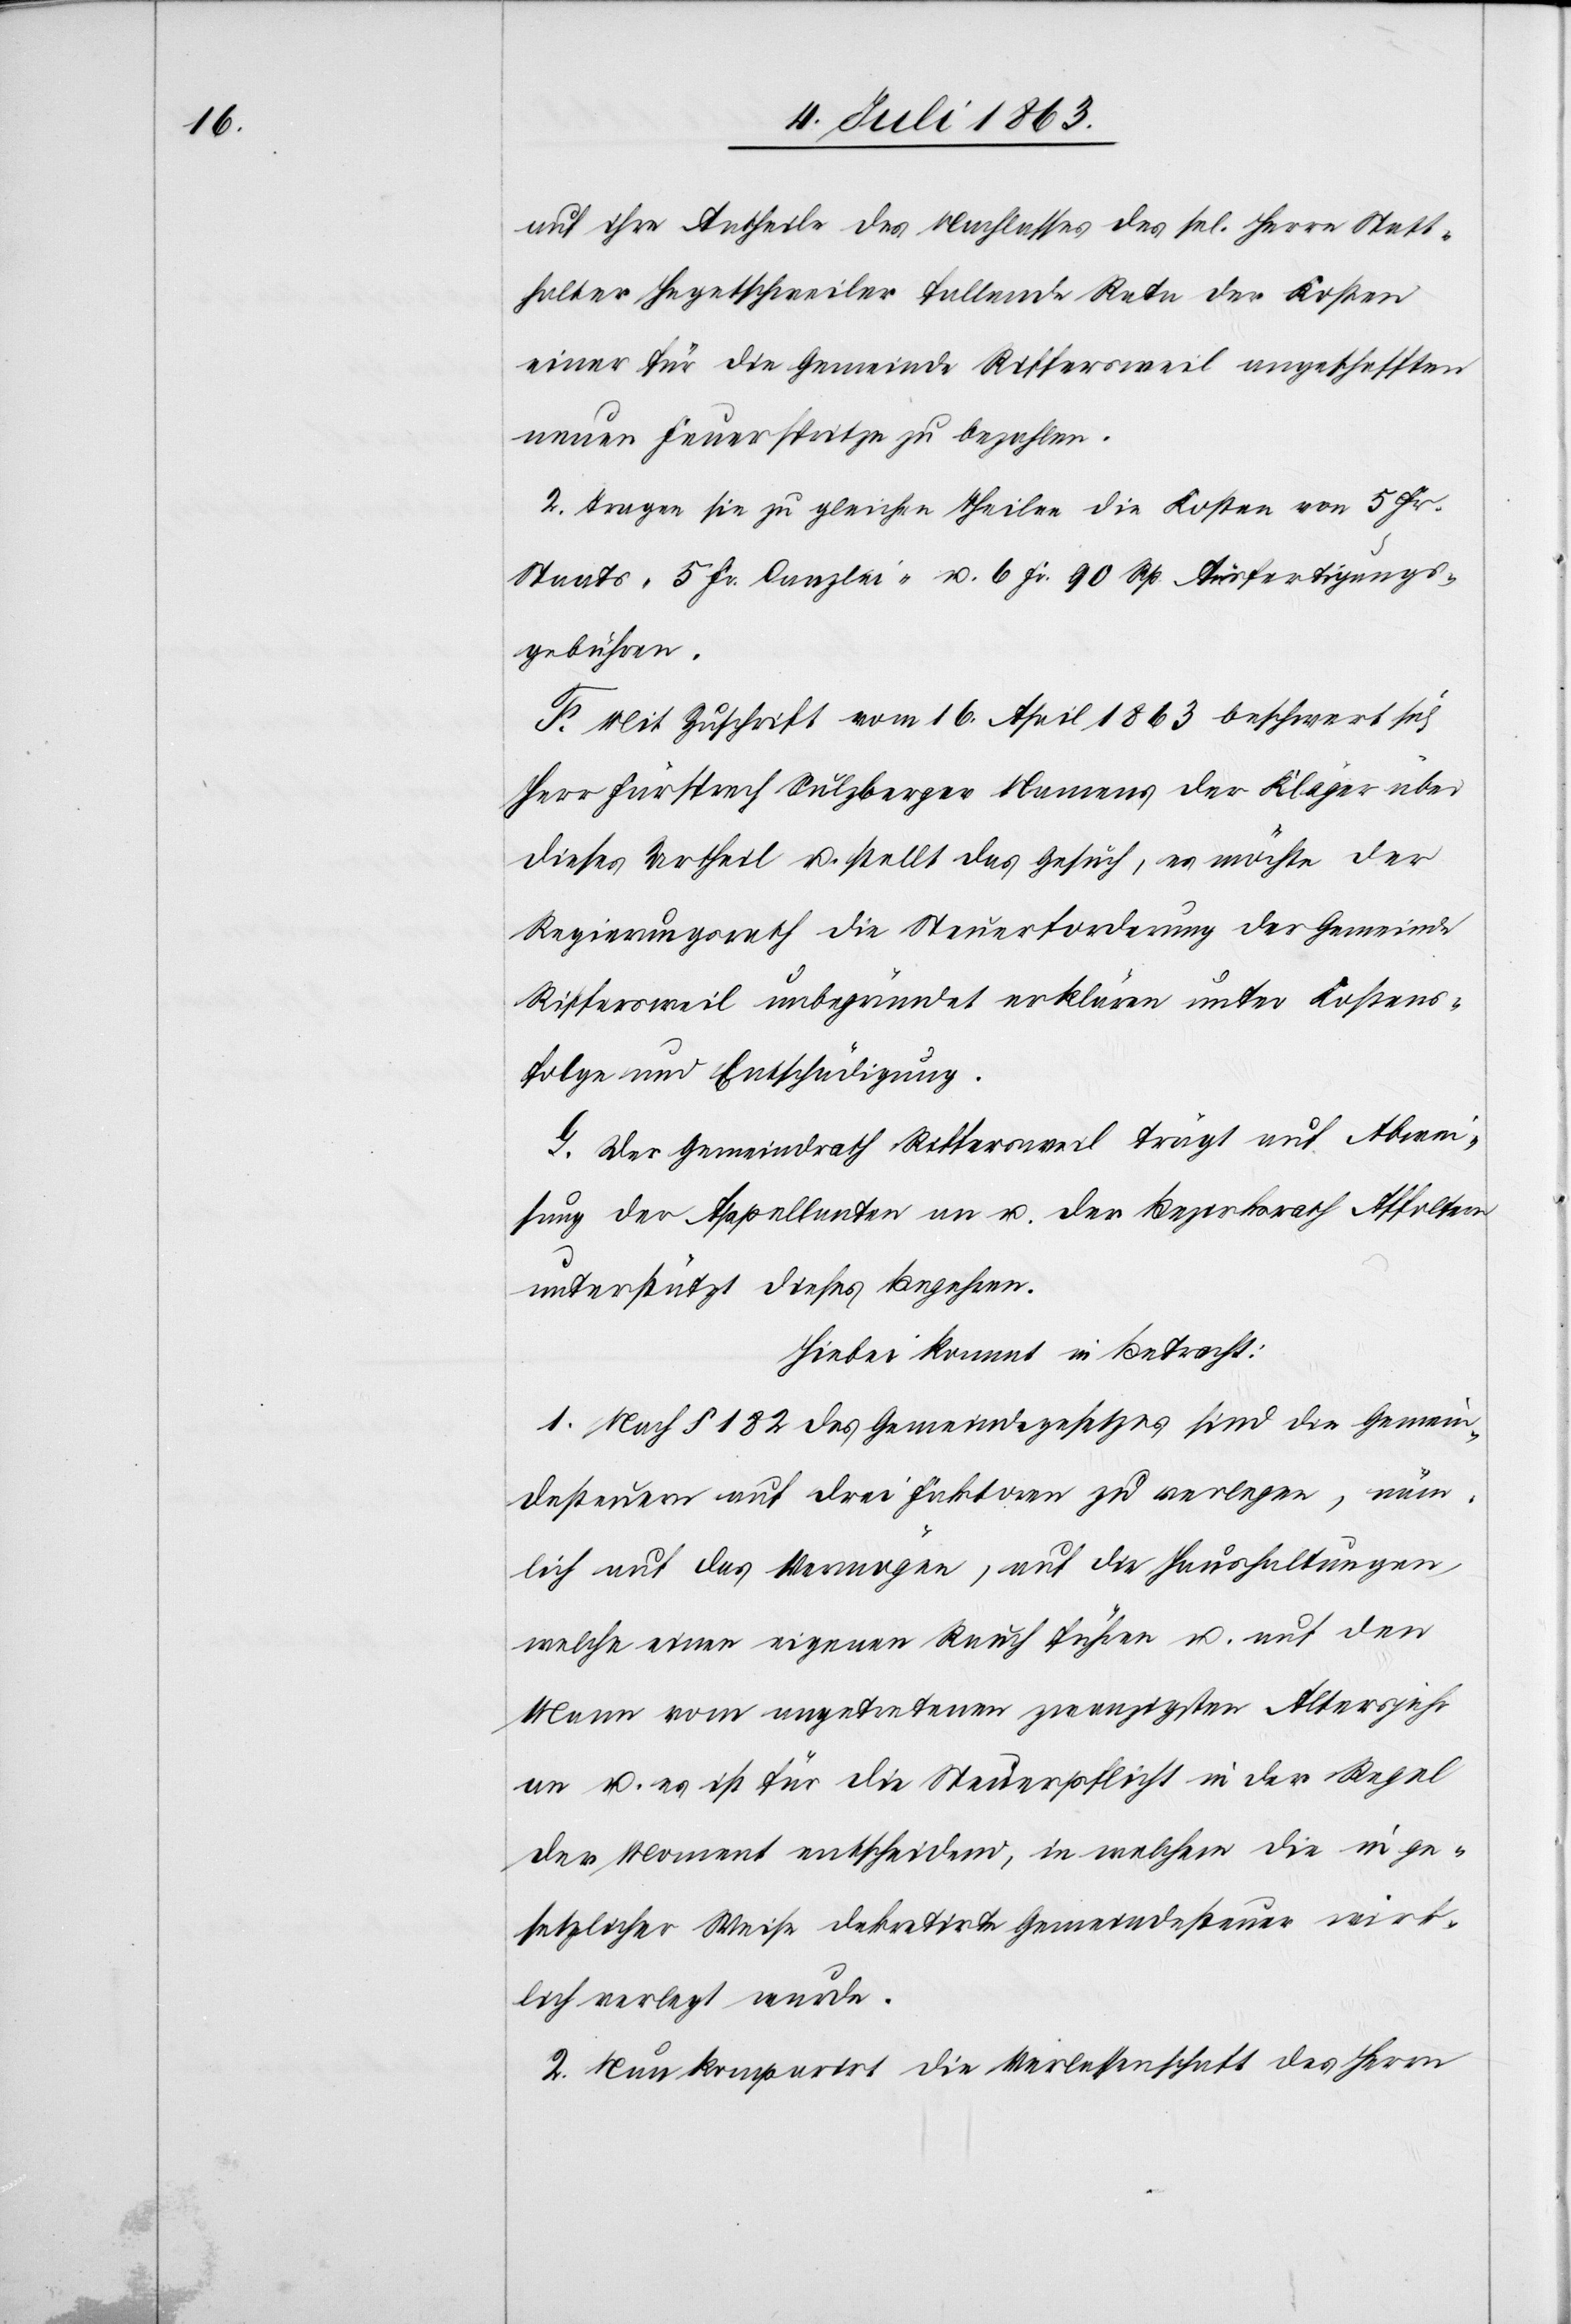
auf ihre Antheile des Nachlasses des sel. Herrn Statt¬
halter Hegetschweiler fallende Rata der Kosten
einer für die Gemeinde Riffersweil angeschafften
neuen Feuerspritze zu bezahlen.
2. Tragen sie zu gleichen Theilen die Kosten von 5 Fr.
Staats-[,] 5 Fr. Canzlei- u. 6 Fr. 90 Rp. Ausfertigungs¬
gebühren.
F. Mit Zuschrift vom 16. April 1863 beschwert sich
Herr Fürsprech Sulzberger Namens der Kläger über
dieses Urtheil u. stellt das Gesuch, es möchte der
Regierungsrath die Steuerforderung der Gemeinde
Riffersweil unbegründet erklären unter Kostens¬
folge und Entschädigung.
G. Der Gemeindrath Riffersweil trägt auf Abwei¬
sung der Appellanten an u. der Bezirksrath Affoltern
unterstützt dieses Begehren.
Hiebei kommt in Betracht:
1. Nach § 182 des Gemeindegesetzes sind die Gemein¬
desteuern auf drei Faktoren zu verlegen, näm¬
lich auf das Vermögen, auf die Haushaltungen,
welche einen eigenen Rauch führen u. auf den
Mann vom angetretenen zwanzigsten Altersjahr
an u. es ist für die Steuerpflicht in der Regel
der Moment entscheidend, in welcher die in ge¬
setzlicher Weise dekretirte Gemeindesteuer wirk¬
lich verlegt wurde.
2. Nun komparirt die Verlassenschaft des Herrn